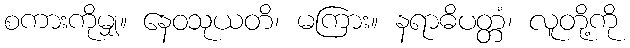
စကားကိုမျှ။ နေဝသုယတိ၊ မကြား။ နရာဓိပတ္တံ၊ လူတို့ကို